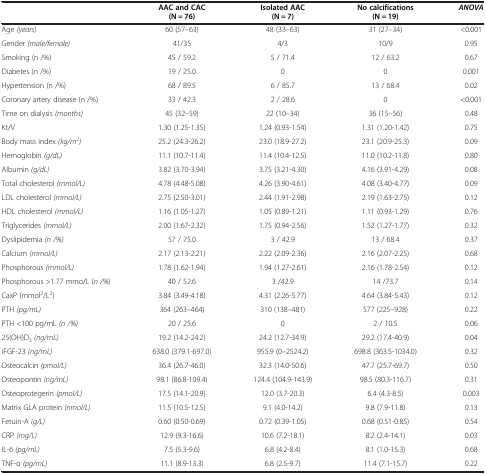
<table><thead><tr><td><b> </b></td><td><b>AAC and CAC</b></td><td><b>Isolated AAC</b></td><td><b>No calcifications</b></td><td><b><i>ANOVA</i></b></td></tr><tr><td><b> </b></td><td><b>(N = 76)</b></td><td><b>(N = 7)</b></td><td><b>(N = 19)</b></td><td><b> </b></td></tr></thead><tbody><tr><td>Age <i>(years)</i></td><td>60 (57–63)</td><td>48 (33–63)</td><td>31 (27–34)</td><td>&lt;0.001</td></tr><tr><td>Gender <i>(male/female)</i></td><td>41/35</td><td>4/3</td><td>10/9</td><td>0.95</td></tr><tr><td>Smoking (n /%)</td><td>45 / 59.2</td><td>5 / 71.4</td><td>12 / 63.2</td><td>0.67</td></tr><tr><td>Diabetes (n /%)</td><td>19 / 25.0</td><td>0</td><td>0</td><td>0.001</td></tr><tr><td>Hypertension (n /%)</td><td>68 / 89.5</td><td>6 / 85.7</td><td>13 / 68.4</td><td>0.02</td></tr><tr><td>Coronary artery disease (n /%)</td><td>33 / 42.3</td><td>2 / 28.6</td><td>0</td><td>&lt;0.001</td></tr><tr><td>Time on dialysis <i>(months)</i></td><td>45 (32–59)</td><td>22 (10–34)</td><td>36 (15–56)</td><td>0.48</td></tr><tr><td>Kt/V</td><td>1.30 (1.25-1.35)</td><td>1.24 (0.93-1.54)</td><td>1.31 (1.20-1.42)</td><td>0.75</td></tr><tr><td>Body mass index <i>(kg/m</i><sup><i>2</i></sup><i>)</i></td><td>25.2 (24.3-26.2)</td><td>23.0 (18.9-27.2)</td><td>23.1 (20.9-25.3)</td><td>0.09</td></tr><tr><td>Hemoglobin <i>(g/dL)</i></td><td>11.1 (10.7-11.4)</td><td>11.4 (10.4-12.5)</td><td>11.0 (10.2-11.8)</td><td>0.80</td></tr><tr><td>Albumin <i>(g/dL)</i></td><td>3.82 (3.70-3.94)</td><td>3.75 (3.21-4.30)</td><td>4.16 (3.91-4.29)</td><td>0.08</td></tr><tr><td>Total cholesterol <i>(mmol/L)</i></td><td>4.78 (4.48-5.08)</td><td>4.26 (3.90-4.61)</td><td>4.08 (3.40-4.77)</td><td>0.09</td></tr><tr><td>LDL cholesterol <i>(mmol/L)</i></td><td>2.75 (2.50-3.01)</td><td>2.44 (1.91-2.98)</td><td>2.19 (1.63-2.75)</td><td>0.12</td></tr><tr><td>HDL cholesterol <i>(mmol/L)</i></td><td>1.16 (1.05-1.27)</td><td>1.05 (0.89-1.21)</td><td>1.11 (0.93-1.29)</td><td>0.76</td></tr><tr><td>Triglycerides <i>(mmol/L)</i></td><td>2.00 (1.67-2.32)</td><td>1.75 (0.94-2.56)</td><td>1.52 (1.27-1.77)</td><td>0.32</td></tr><tr><td>Dyslipidemia <i>(n /%)</i></td><td>57 / 75.0</td><td>3 / 42.9</td><td>13 / 68.4</td><td>0.37</td></tr><tr><td>Calcium <i>(mmol/L)</i></td><td>2.17 (2.13-2.21)</td><td>2.22 (2.09-2.36)</td><td>2.16 (2.07-2.25)</td><td>0.68</td></tr><tr><td>Phosphorous <i>(mmol/L)</i></td><td>1.78 (1.62-1.94)</td><td>1.94 (1.27-2.61)</td><td>2.16 (1.78-2.54)</td><td>0.12</td></tr><tr><td>Phosphorous &gt;1.77 mmo/L (<i>n /%</i>)</td><td>40 / 52.6</td><td>3 /42.9</td><td>14 /73.7</td><td>0.14</td></tr><tr><td>CaxP (mmol<sup>2</sup>/L<sup>2</sup>)</td><td>3.84 (3.49-4.18)</td><td>4.31 (2.26-5.77)</td><td>4.64 (3.84-5.43)</td><td>0.12</td></tr><tr><td>PTH <i>(pg/mL)</i></td><td>364 (263–464)</td><td>310 (138–481)</td><td>577 (225–928)</td><td>0.22</td></tr><tr><td>PTH &lt;100 pg/mL <i>(n /%)</i></td><td>20 / 25.6</td><td>0</td><td>2 / 10.5</td><td>0.06</td></tr><tr><td>25(OH)D<sub>3</sub><i>(ng/mL)</i></td><td>19.2 (14.2-24.2)</td><td>24.2 (12.7-34.9)</td><td>29.2 (17.4-40.9)</td><td>0.04</td></tr><tr><td>iFGF-23 <i>(ng/mL)</i></td><td>638.0 (379.1-697.0)</td><td>955.9 (0–2524.2)</td><td>698.8 (363.5-1034.0)</td><td>0.32</td></tr><tr><td>Osteocalcin <i>(pmol/L)</i></td><td>36.4 (26.7-46.0)</td><td>32.3 (14.0-50.6)</td><td>47.7 (25.7-69.7)</td><td>0.50</td></tr><tr><td>Osteopontin <i>(ng/mL)</i></td><td>98.1 (86.8-109.4)</td><td>124.4 (104.9-143.9)</td><td>98.5 (80.3-116.7)</td><td>0.31</td></tr><tr><td>Osteoprotegerin <i>(pmol/L)</i></td><td>17.5 (14.1-20.9)</td><td>12.0 (3.7-20.3)</td><td>6.4 (4.3-8.5)</td><td>0.003</td></tr><tr><td>Matrix GLA protein <i>(nmol/L)</i></td><td>11.5 (10.5-12.5)</td><td>9.1 (4.0-14.2)</td><td>9.8 (7.9-11.8)</td><td>0.13</td></tr><tr><td>Fetuin-A <i>(g/L)</i></td><td>0.60 (0.50-0.69)</td><td>0.72 (0.39-1.05)</td><td>0.68 (0.51-0.85)</td><td>0.54</td></tr><tr><td>CRP <i>(mg/L)</i></td><td>12.9 (9.3-16.6)</td><td>10.6 (7.2-18.1)</td><td>8.2 (2.4-14.1)</td><td>0.03</td></tr><tr><td>IL-6 <i>(pg/mL)</i></td><td>7.5 (5.3-9.6)</td><td>6.8 (4.2-8.4)</td><td>8.1 (1.0-15.3)</td><td>0.68</td></tr><tr><td>TNF-α <i>(pg/mL)</i></td><td>11.1 (8.9-13.3)</td><td>6.8 (2.5-9.7)</td><td>11.4 (7.1-15.7)</td><td>0.22</td></tr></tbody></table>